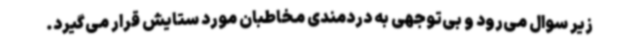
زیر سوال می‌رود و بی‌توجهی به دردمندی مخاطبان مورد ستایش قرار می‌گیرد.